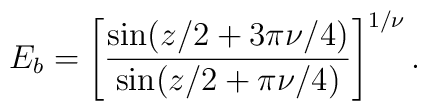
E_b=\left[ \frac{\sin(z/2+3\pi \nu/4)}{\sin(z/2+\pi \nu/4)} \right]^{1/\nu}.